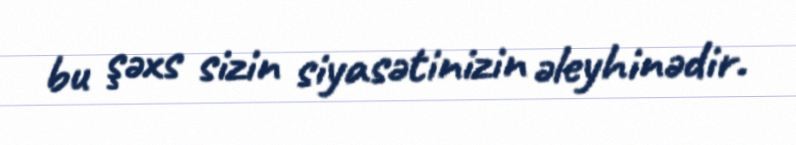
bu şəxs sizin siyasətinizin əleyhinədir.